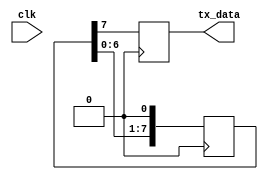
module UART_transmitter (
    input clk,                // System clock input
    output reg tx_data        // Transmitted data output
);

reg [7:0] data_buffer = 8'b11001010; // Example data to be transmitted

reg [3:0] baud_rate_divider = 4'b0000; // Baud rate generator divider
reg baud_rate_clk = 1'b0; // Baud rate clock signal

always @ (posedge clk) begin
    // Clock generator block
    // Implement clock generation logic here
    
    // Baud rate generator block
    // Implement baud rate clock generation logic here
    
    // Data buffer block
    // Implement data buffer logic here
    
    // Control logic block
    // Implement control logic for coordinating data transmission
end

always @ (posedge baud_rate_clk) begin
    // Transmit data on positive edge of baud rate clock signal
    tx_data <= data_buffer[7];
    data_buffer <= {data_buffer[6:0], 1'b0};
end

endmodule